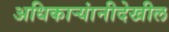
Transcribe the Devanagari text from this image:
अधिकाऱ्यांनीदेखील